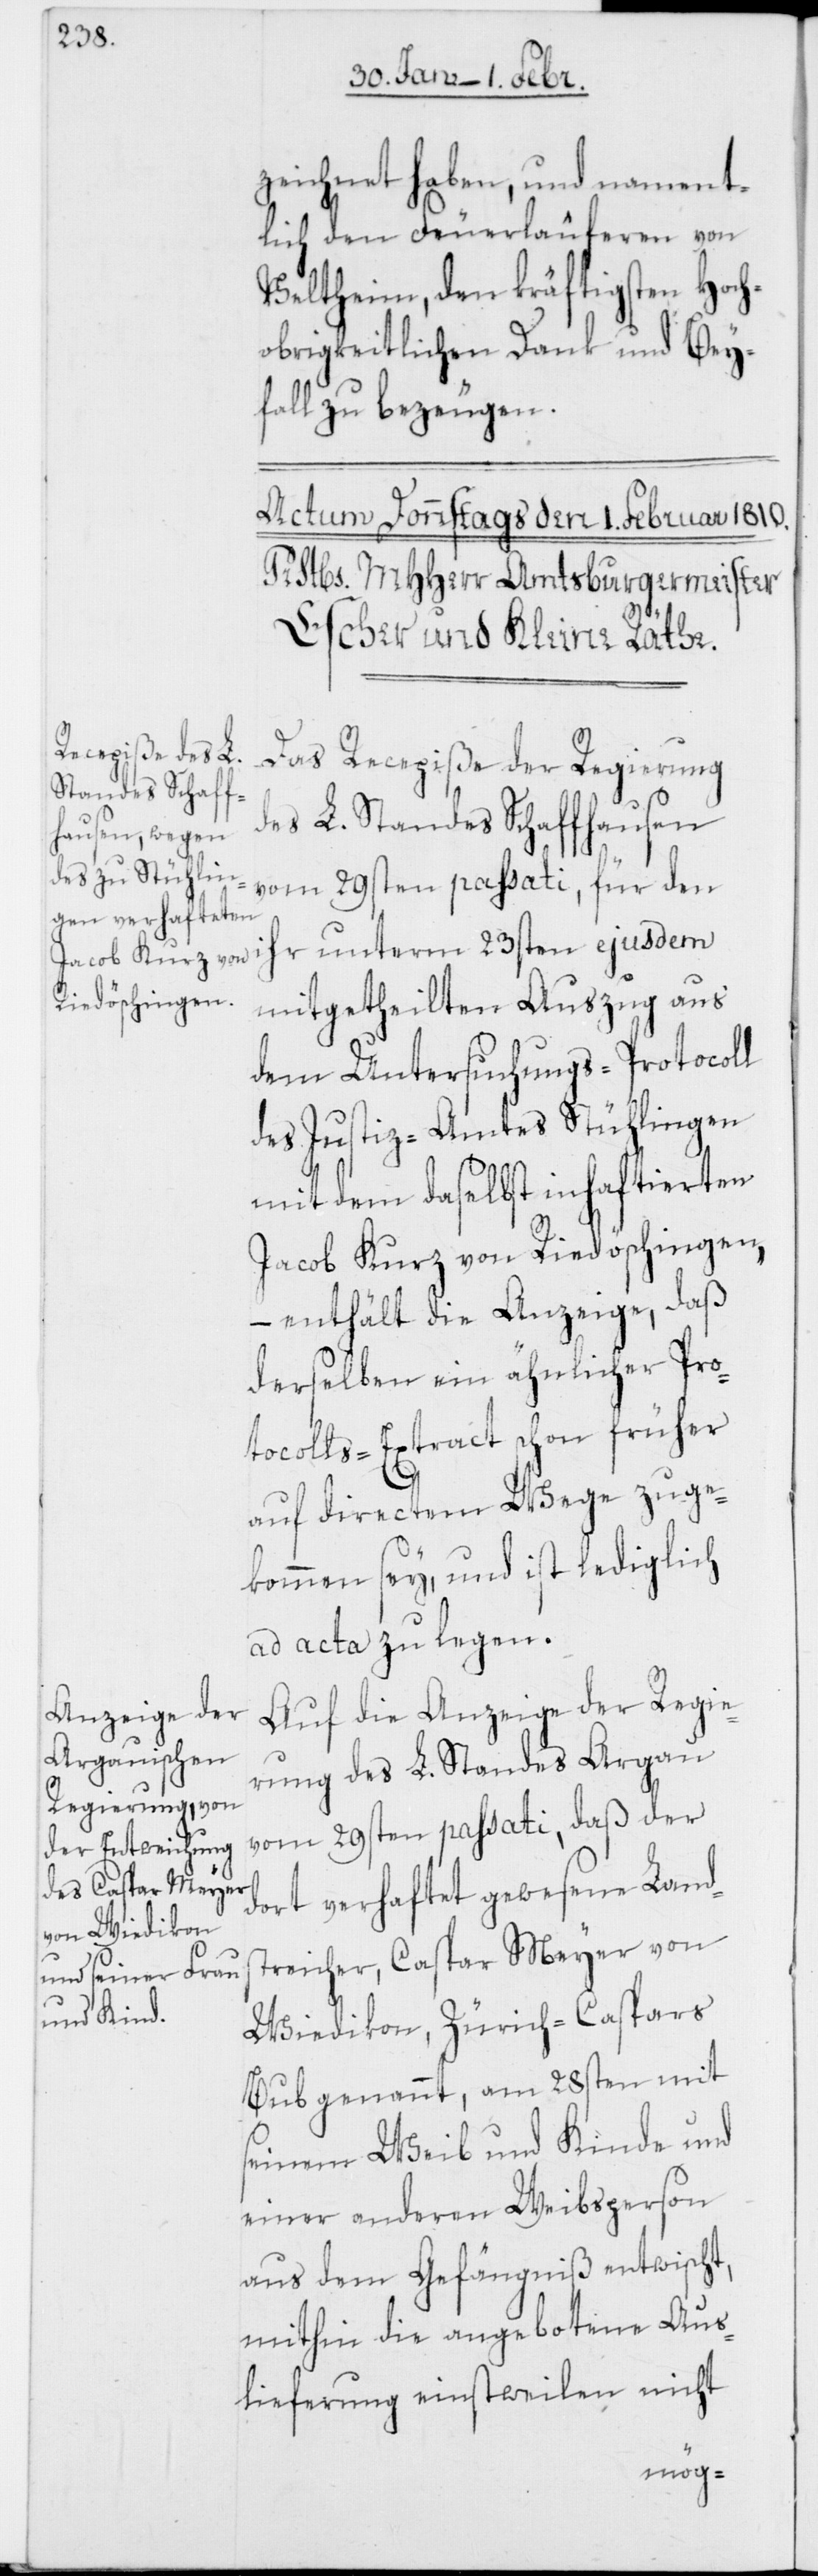
zeichnet haben, und nament¬
lich den Feuerläuferen von
Veltheim, den kräftigsten Hoch¬
obrigkeitlichen Dank und Bey¬
fall zu bezeugen.
Das Recepiße der Regierung
des L. Standes Schaffhausen
vom 29sten passati, für den
mitgetheilten Auszug aus
dem Untersuchungs-Protocoll
des Justiz-Amtes Stühlingen
mit dem daselbst inhaftierten
Jacob Kurz von Riedöschingen,
– enthält die Anzeige, daß
derselben ein ähnlicher Pro¬
tocolls-Extract schon früher
auf directem Wege zuge¬
kommen sey, und ist lediglich
ad acta zu legen.
Auf die Anzeige der Regie¬
rung des L. Standes Argau
vom 29sten passati, daß der
dort verhaftet gewesene Land¬
streicher, Caspar Meyer von
Wiedikon, Zürich-Caspars
Bub genannt, am 28sten mit
seinem Weib und Kinde und
einer anderen Weibsperson
aus dem Gefängniß entwischt,
mithin die angebotene Aus¬
lieferung einstweilen nicht